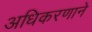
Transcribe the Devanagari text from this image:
अधिकरणाने